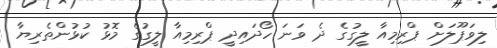
ލިވަޕޫލަށް ޕްރިމިއާ ލީގުގެ ދެ ވަނަ ހޯދައިދީ ޕްރިމިއާ ލީގުގެ މޮޅު ކުޅުންތެރިޔާ